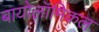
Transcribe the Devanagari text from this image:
बायोलॉमिकल